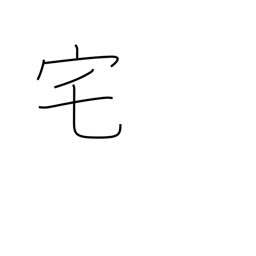
Meaning: home